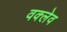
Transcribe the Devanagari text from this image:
वक्लेव